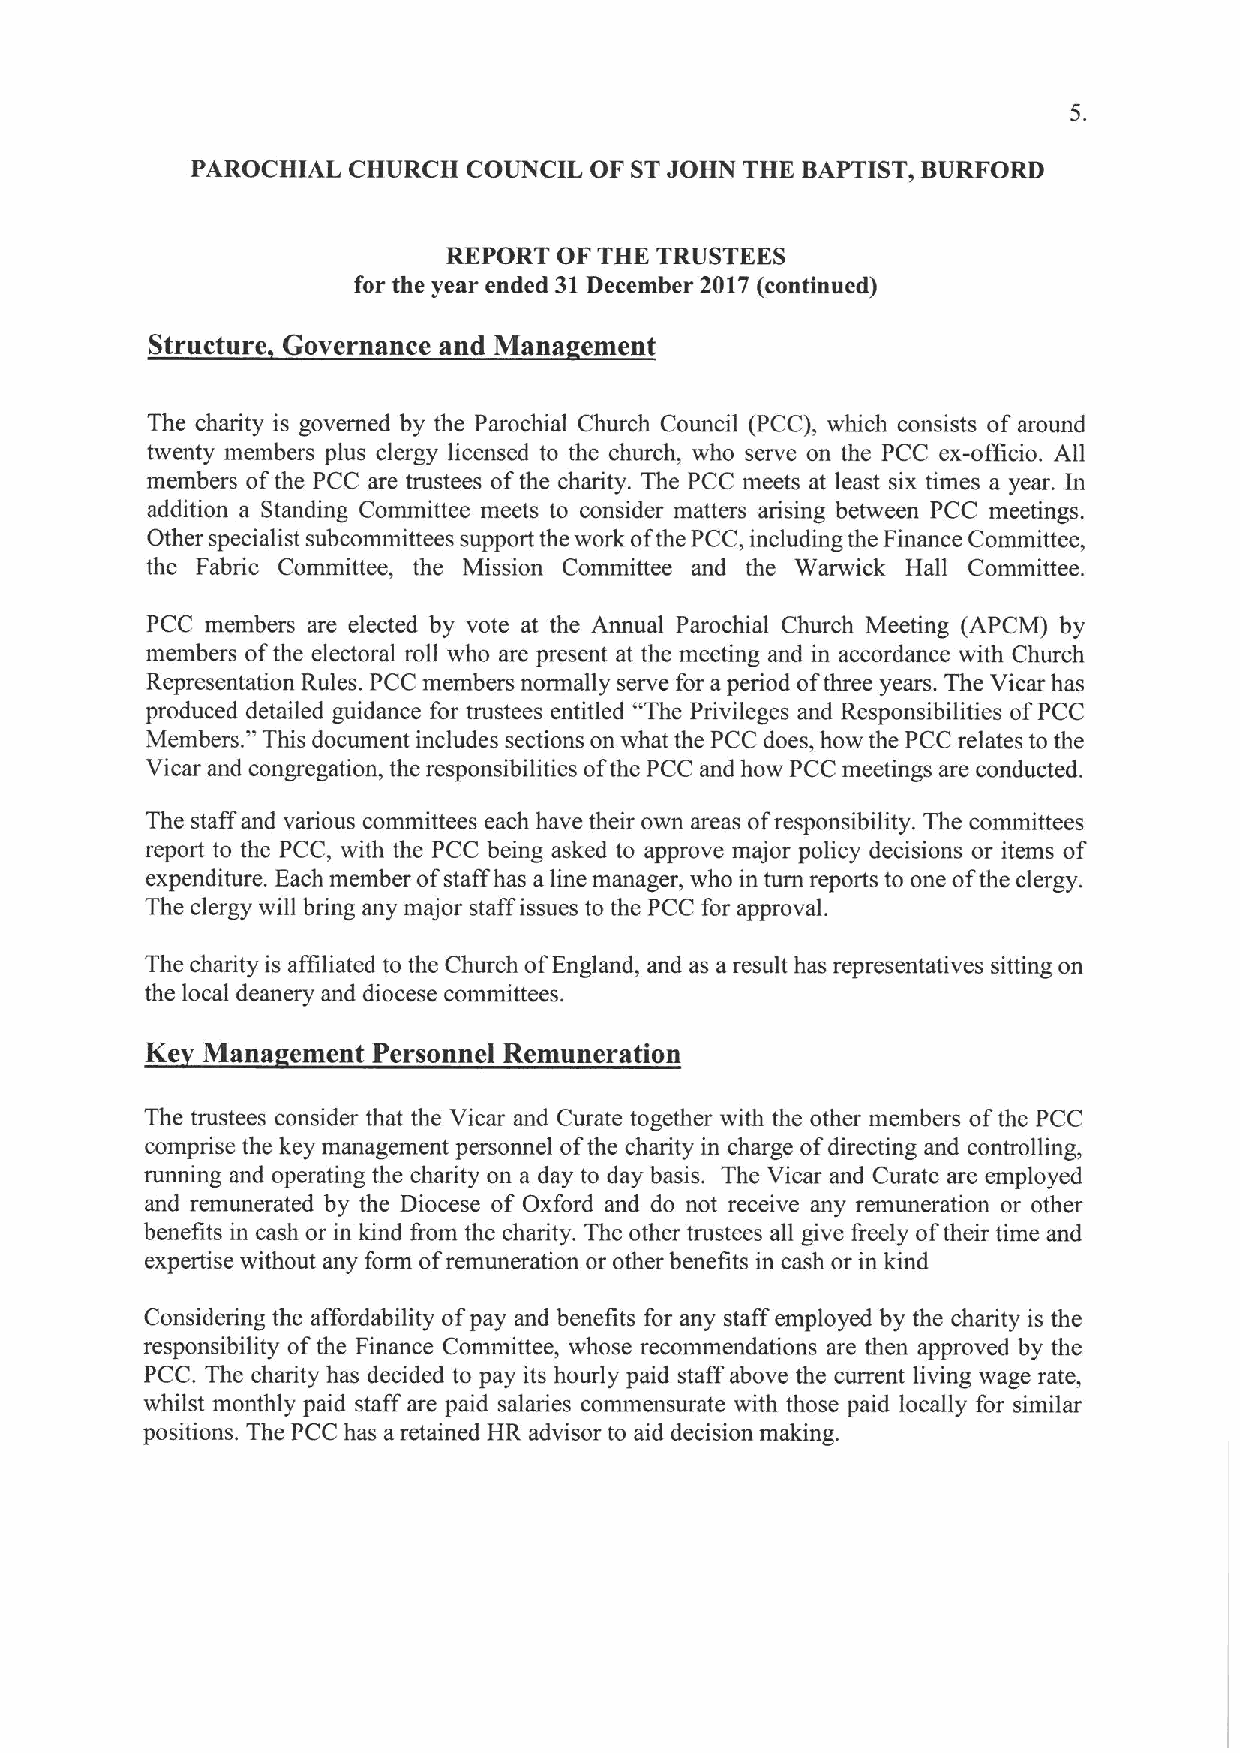
PAROCHIAL CHURCH  COUNCIL OF STJOHN THE BAPTIST, BURFORD
 REPORT OF THE TRUSTEES
 for the year ended 31December 2017(continued)
 Structure Governance and Mana ement
 The charity is governed by the Parochial Church Council (PCC), which consists of around
 twenty members plus clergy licensed to the church, who serve on the PCC ex-officio. All
 members ofthe PCC are trustees ofthe charity. The PCC meets at least six times a year. In
 addition a Standing Committee meets to consider matters arising between PCC meetings.
 Other specialist subcommittees support the work ofthe PCC, including the Finance Committee,
 the Fabric Committee, the Mission Committee and the Warwick Hall Committee.
 PCC members are elected by vote at the Annual Parochial Church Meeting (APCM) by
 members ofthe electoral roll who are present at the meeting and in accordance with Church
 Representation Rules. PCC members normally serve for a period ofthree years. The Vicar has
 produced d"etailed guidance fo staffr trustees entitled "The Privileges and Responsibilities ofPCC
 Members. This document includes sections on what the PCC does, how the PCC relates to the
 Vicar and congregation, the responsibilities ofthe PCC and how PCC meetings are conducted.
 The staff and various committees each have their own areas ofresponsibility. The committees
 report to the PCC, with the PCC being asked to approve major policy decisions or items of
 expenditure. Each member of ha a line manager, who in turn reports to one ofthe clergy.
 The clergy will bring any major staff issues to the PCC for approval.
 The charity is affiliated to the Church ofEngland, and as a result has representatives sitting on
 the local deanery and diocese committees.
 Ke Mana  ement Personnel Remuneration
 The trustees consider that the Vicar and Curate together with the other members ofthe PCC
 comprise the key management personnel ofthe charity in charge ofdirecting and controlling,
 running and operating the charity on a day to day basis. The Vicar and Curate are employed
 and remunerated by the Diocese of Oxford and do not receive any remuneration or other
 benefits in cash or in kind from the charity. The other trustees all give freely oftheir time and
 expertise without any form ofremuneration or other benefits in cash or in kind
 Considering the affordability of pay and benefits for any staff employed by the charity is the
 responsibility ofthe Finance Committee, whose recommendations are then approved by the
 PCC. The charity has decided to pay its hourly paid staff above the current living wage rate,
 whilst monthly paid staff are paid salaries commensurate with those paid locally for similar
 positions. The PCC has a retained HR advisor to aid decision making.